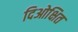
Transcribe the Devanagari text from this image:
दिओक्षित